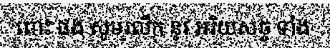
ពោះ ផង សូមរលឹក នូវ អរិយសច្ច ទាំង